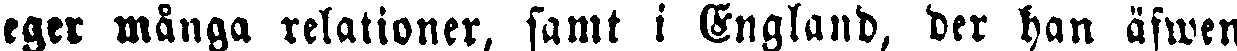
eger många relationer, samt i England, der han äfwen